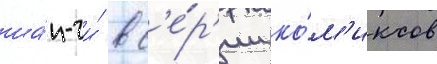
ша́н-чи́ в с'е́р'ии ко́м'иксов